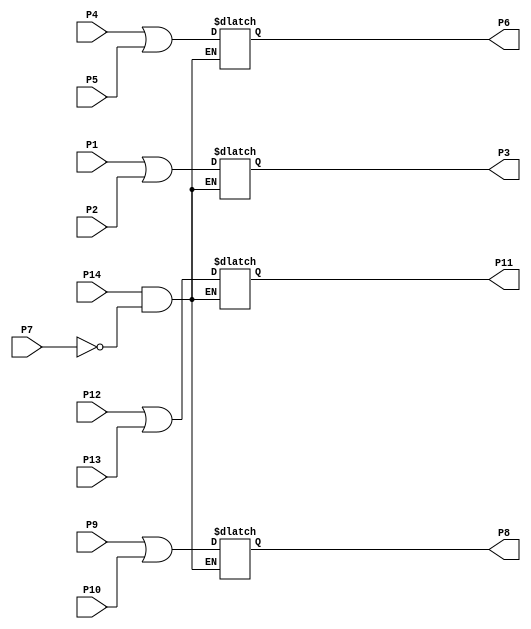
//================================================================--
// Design Unit	: sn7432 (behaviour) 
//
//
// Purpose	: model of TTL SN7432 quod or IC
//
//
// Environmant	: Icarus
//-------------------------------------------------------------------
// Revision List	
// Version	Author	Date	Changes
// 1.0		PW	Sept 10 New version
//================================================================--

module sn7432 (P1, P2, P3, P4, P5, P6, P7, P8, P9, P10, P11, P12, P13, P14); 

   output P3, P6, P8, P11;
   input P1, P2, P4, P5, P7, P9, P10, P12, P13, P14;

   reg P3, P6, P8, P11;

   always @(P1, P2, P7, P14) begin

      if ((P14 == 1'b 1) && (P7 == 1'b 0)) begin
         P3 = P1 | P2;
      end  
   end

   always @(P4, P5, P7, P14) begin

      if ((P14 == 1'b 1) && (P7 == 1'b 0)) begin
         P6 = P4 | P5;
      end  
   end

   always @(P7, P9, P10, P14) begin

      if ((P14 == 1'b 1) && (P7 == 1'b 0)) begin
         P8 = P9 | P10;
      end  
   end

   always @(P7, P12, P13, P14) begin

      if ((P14 == 1'b 1) && (P7 == 1'b 0)) begin
         P11 = P12 | P13;
      end  
   end

endmodule